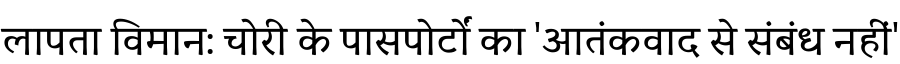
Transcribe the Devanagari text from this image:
लापता विमान: चोरी के पासपोर्टों का 'आतंकवाद से संबंध नहीं'